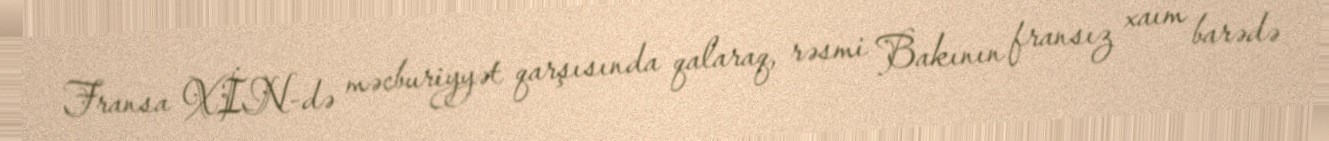
Fransa XİN-də məcburiyyət qarşısında qalaraq, rəsmi Bakının fransız xaım barədə